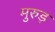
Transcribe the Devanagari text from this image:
मुरुड़